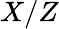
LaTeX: X/Z